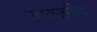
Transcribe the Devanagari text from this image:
गणराजकिय